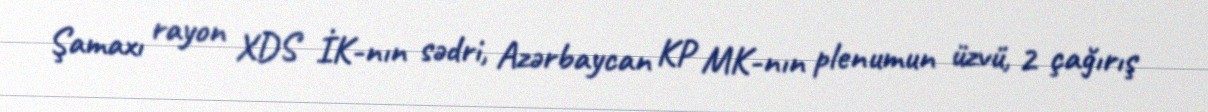
Şamaxı rayon XDS İK-nın sədri, Azərbaycan KP MK-nın plenumun üzvü, 2 çağırış